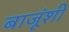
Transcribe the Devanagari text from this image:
बाजूंशी